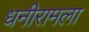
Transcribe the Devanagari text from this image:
धनीरामला